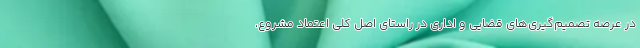
در عرصه تصمیم‌گیری‌های قضایی و اداری در راستای اصل کلی اعتماد مشروع،